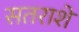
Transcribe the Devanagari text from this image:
सतराशे